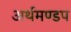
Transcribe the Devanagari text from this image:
अर्थमण्डप